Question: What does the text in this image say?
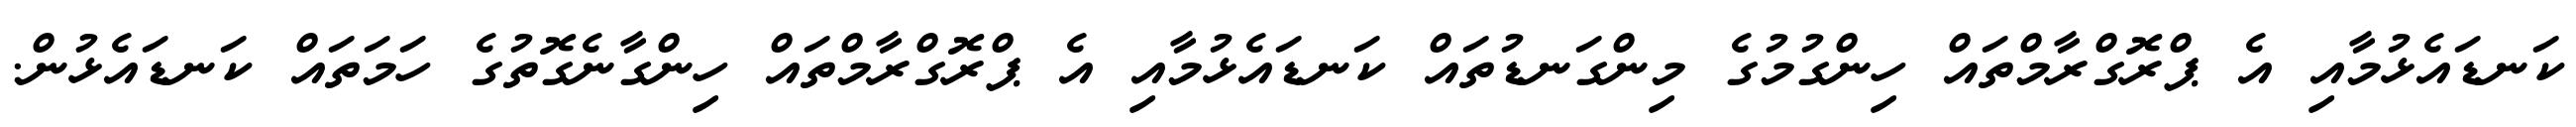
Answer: ކަނޑައެޅުމާއި އެ ޕްރޮގްރާމްތައް ހިންގުމުގެ މިންގަނޑުތައް ކަނޑައެޅުމާއި އެ ޕްރޮގްރާމްތައް ހިންގާނެގޮތުގެ ހަމަތައް ކަނޑައެޅުން.